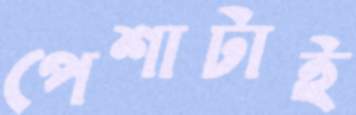
পেশাটাই